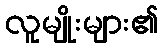
လူမျိုးများ၏